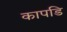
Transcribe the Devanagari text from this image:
कापडि